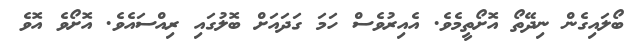
ބޯލައިގެން ނިދޭތޯ އޮށޯތީމެވެ. އެއިރުވެސް ހަމަ ގަދައަށް ބޮލުގައި ރިއްސައެވެ. އޮށޯވެ އޮވެ